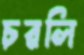
চরলি